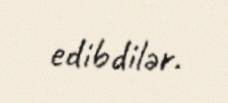
edibdilər.